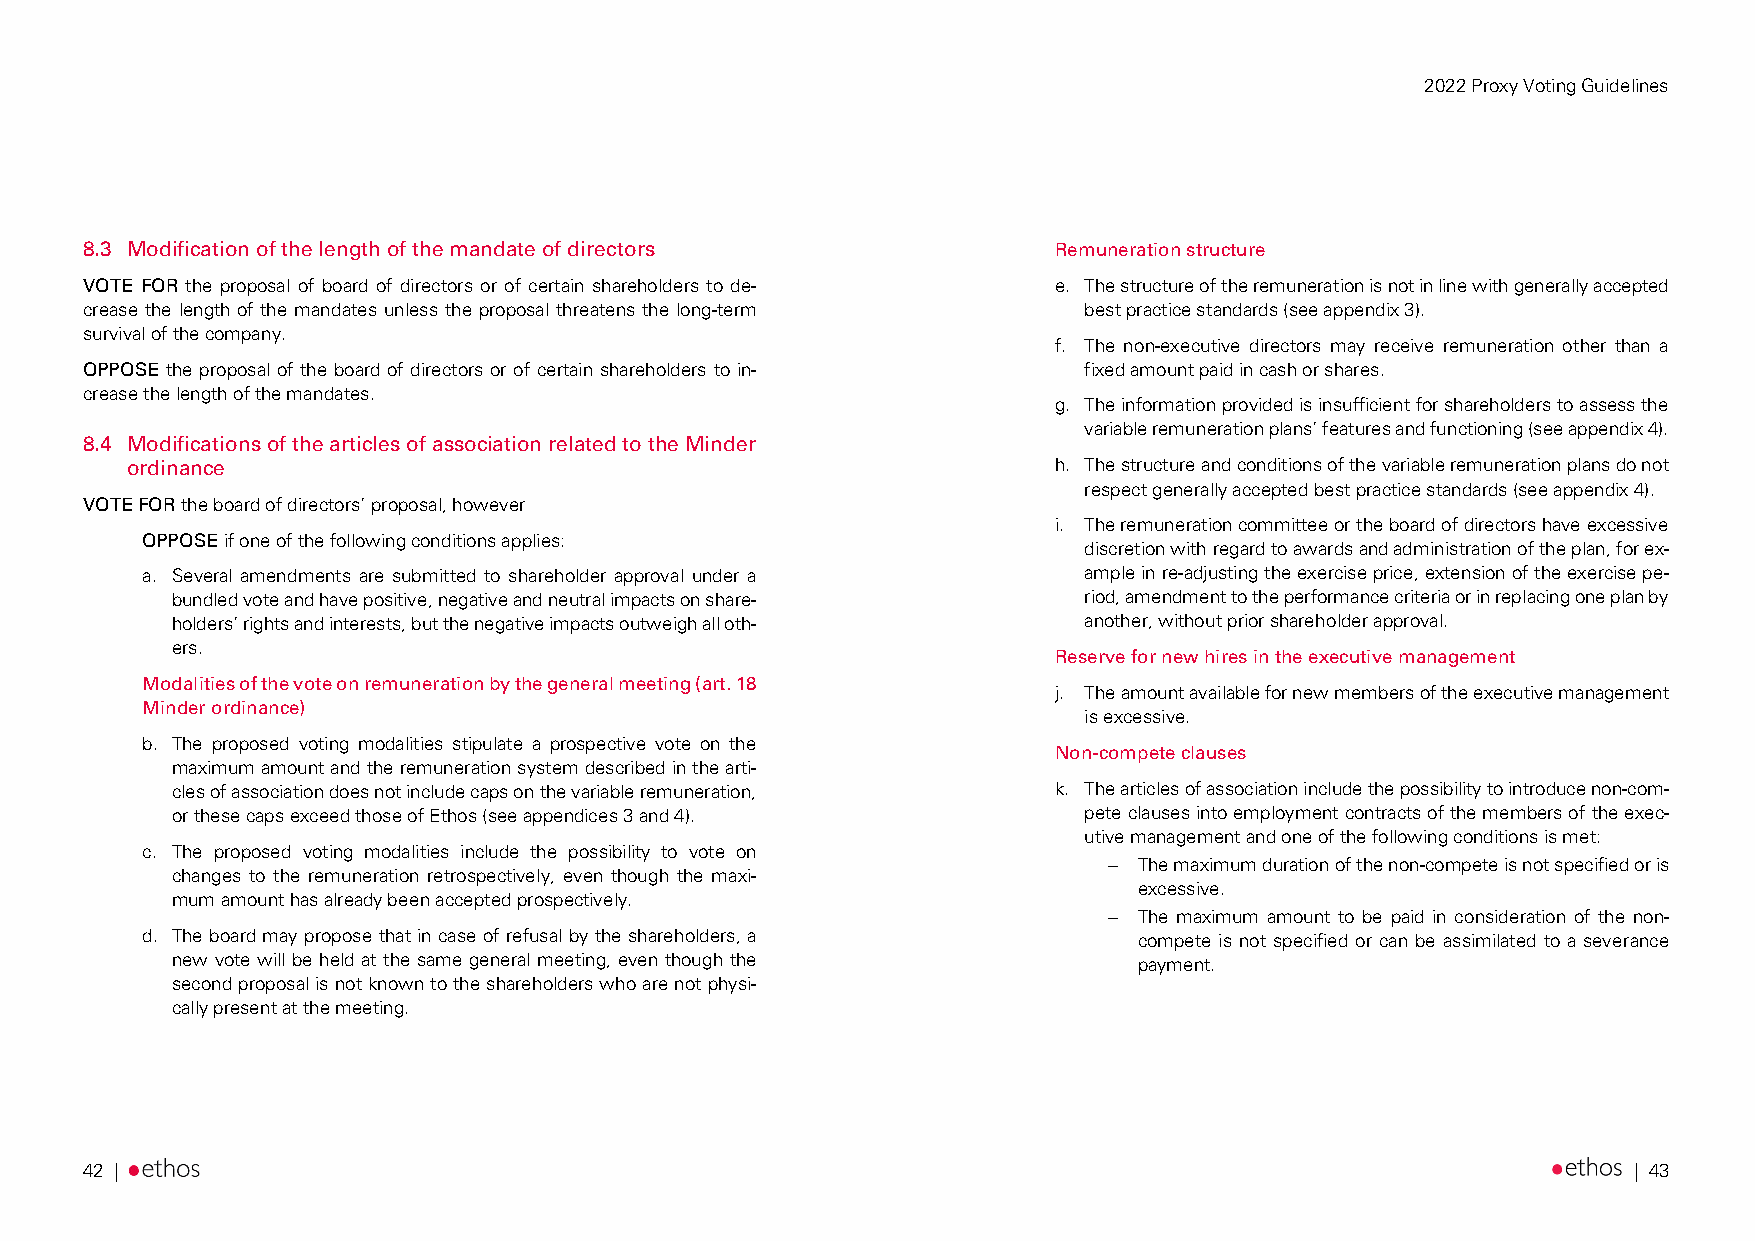
2022 Proxy Voting Guidelines
 8.3 Modification of the length of the mandate of directors       Remuneration structure
 VOTE FOR the proposal of board of directors or of certain shareholders to de- e. The structure of the remuneration is not in line with generally accepted
 crease the length of the mandates unless the proposal threatens the long-term best practice standards (see appendix 3).
 survival of the company.
 f. The non-executive directors may receive remuneration other than a
 OPPOSE the proposal of the board of directors or of certain shareholders to in- fixed amount paid in cash or shares.
 crease the length of the mandates.
 g. The information provided is insufficient for shareholders to assess the
 variable remuneration plans’ features and functioning (see appendix 4).
 8.4 Modifications of the articles of association related to the Minder
 ordinance                                                     h. The structure and conditions of the variable remuneration plans do not
 respect generally accepted best practice standards (see appendix 4).
 VOTE FOR the board of directors’ proposal, however
 i. The remuneration committee or the board of directors have excessive
 OPPOSE if one of the following conditions applies:
 discretion with regard to awards and administration of the plan, for ex-
 a. Several amendments are submitted to shareholder approval under a ample in re-adjusting the exercise price, extension of the exercise pe-
 bundled vote and have positive, negative and neutral impacts on share- riod, amendment to the performance criteria or in replacing one plan by
 holders’ rights and interests, but the negative impacts outweigh all oth- another, without prior shareholder approval.
 ers.
 Reserve for new hires in the executive management
 Modalities of the vote on remuneration by the general meeting (art. 18
 j. The amount available for new members of the executive management
 Minder ordinance)
 is excessive.
 b. The proposed voting modalities stipulate a prospective vote on the
 Non-compete clauses
 maximum amount and the remuneration system described in the arti-
 cles of association does not include caps on the variable remuneration, k. The articles of association include the possibility to introduce non-com-
 or these caps exceed those of Ethos (see appendices 3 and 4). pete clauses into employment contracts of the members of the exec-
 utive management and one of the following conditions is met:
 c. The proposed voting modalities include the possibility to vote on
  The maximum duration of the non-compete is not specified or is
 changes to the remuneration retrospectively, even though the maxi-
 excessive.
 mum amount has already been accepted prospectively.
  The maximum amount to be paid in consideration of the non-
 d. The board may propose that in case of refusal by the shareholders, a compete is not specified or can be assimilated to a severance
 new vote will be held at the same general meeting, even though the payment.
 second proposal is not known to the shareholders who are not physi-
 cally present at the meeting.
 42 |                                                                                                   | 43